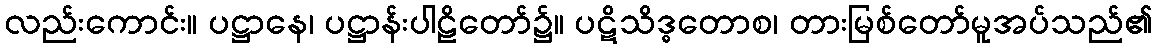
လည်းကောင်း။ ပဋ္ဌာနေ၊ ပဋ္ဌာန်းပါဠိတော်၌။ ပဋိသိဒ္ဓတောစ၊ တားမြစ်တော်မူအပ်သည်၏